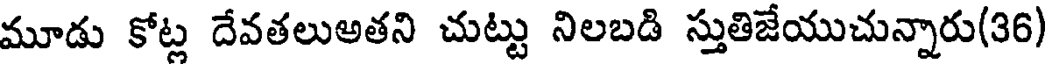
మూడు కోట్ల దేవతలుఅతని చుట్టు నిలబడి స్తుతిజేయుచున్నారు(36)